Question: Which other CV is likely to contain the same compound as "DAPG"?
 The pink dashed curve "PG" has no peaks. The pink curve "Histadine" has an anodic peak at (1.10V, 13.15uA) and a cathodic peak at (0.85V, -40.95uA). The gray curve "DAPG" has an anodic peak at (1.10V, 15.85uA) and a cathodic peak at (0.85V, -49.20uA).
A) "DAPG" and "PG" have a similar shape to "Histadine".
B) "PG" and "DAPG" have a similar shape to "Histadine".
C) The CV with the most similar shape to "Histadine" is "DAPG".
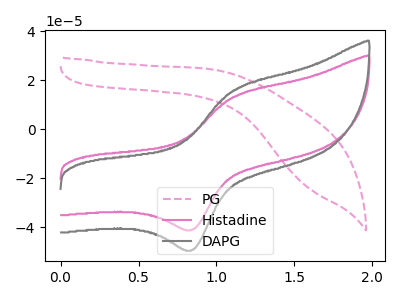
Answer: <think>"PG" and "Histadine" have a different number of peaks. "PG" and "DAPG" have a different number of peaks. All the peaks in "Histadine" have a peak in "DAPG" at the same potential. Every peak in "Histadine" is lower than every peak in "DAPG".
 </think>
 <answer>C) The CV with the most similar shape to "Histadine" is "DAPG".</answer>
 <eval>C</eval>